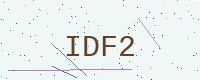
Text: IDF2